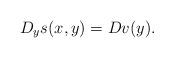
LaTeX: \begin{align*}D_y s(x,y) = Dv(y).\end{align*}